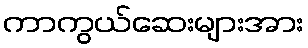
ကာကွယ်ဆေးများအား